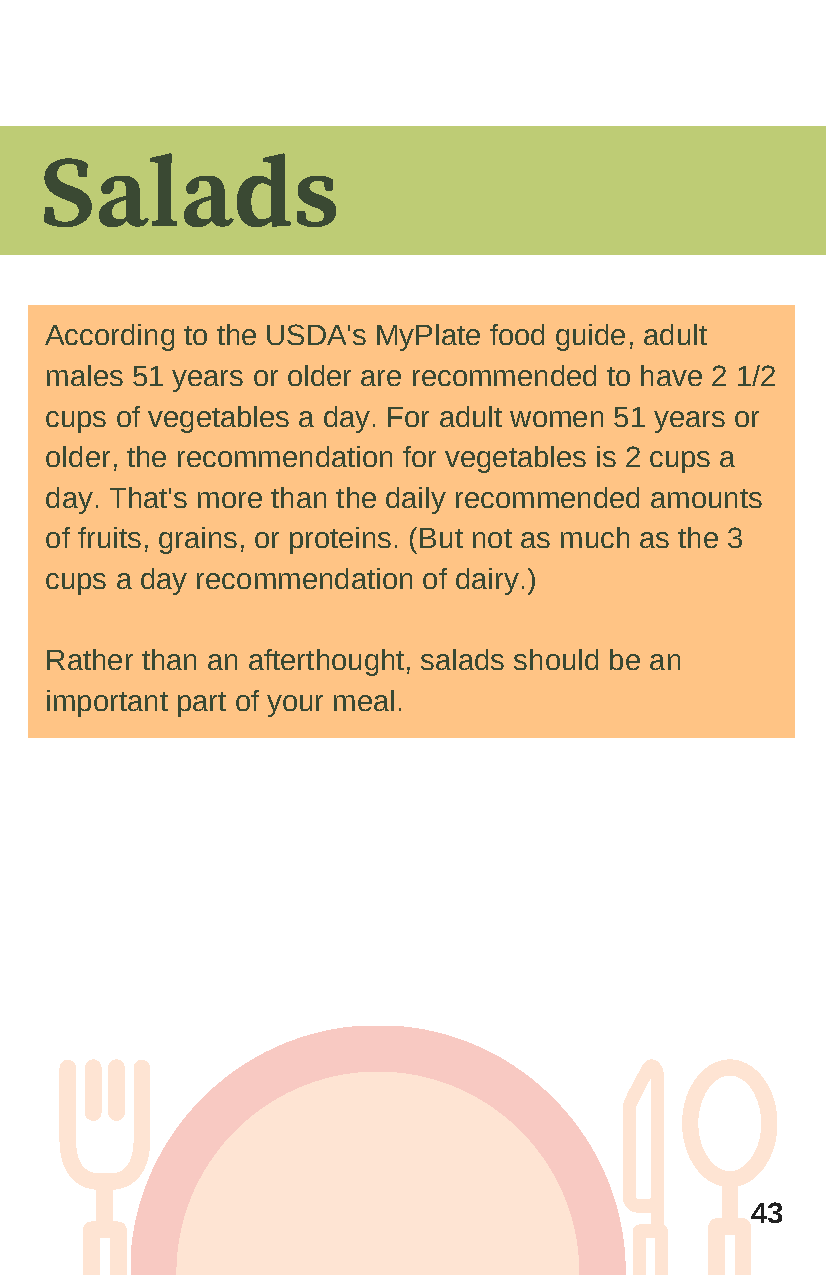
Salads
 According to the USDA's MyPlate food guide, adult
 males 51 years or older are recommended to have 2 1/2
 cups of vegetables a day. For adult women 51 years or
 older, the recommendation for vegetables is 2 cups a
 day. That's more than the daily recommended amounts
 of fruits, grains, or proteins. (But not as much as the 3
 cups a day recommendation of dairy.)
 Rather than an afterthought, salads should be an
 important part of your meal.
 43